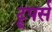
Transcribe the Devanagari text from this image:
ट्रूपर्स